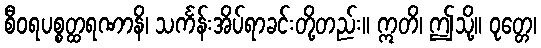
စီဝရပစ္စတ္ထရဏာနိ၊ သင်္ကန်းအိပ်ရာခင်းတို့တည်း။ ဣတိ၊ ဤသို့။ ဝုတ္တေ၊